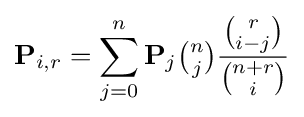
\mathbf {P} _{i,r}=\sum _{j=0}^{n}\mathbf {P} _{j}{\tbinom {n}{j}}{\frac {\tbinom {r}{i-j}}{\tbinom {n+r}{i}}}